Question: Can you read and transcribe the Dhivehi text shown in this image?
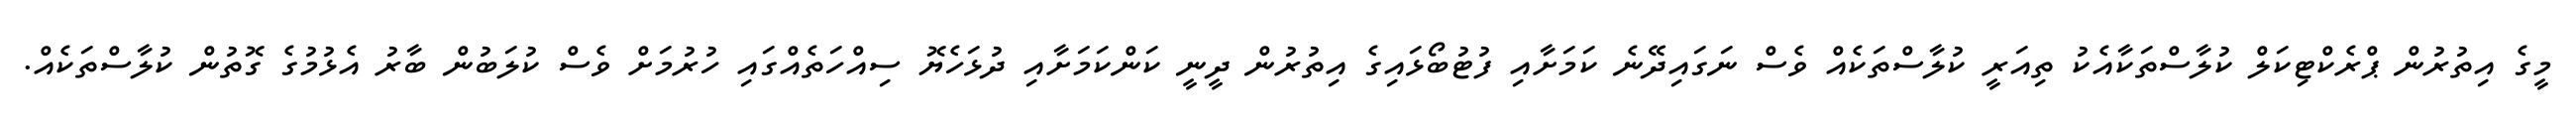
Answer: މީގެ އިތުރުން ޕްރެކްޓިކަލް ކުލާސްތަކާއެކު ތިއަރީ ކުލާސްތަކެއް ވެސް ނަގައިދޭނެ ކަމަށާއި ފުޓުބޯޅައިގެ އިތުރުން ދީނީ ކަންކަމަށާއި ދުޅަހެޔޮ ސިއްހަތެއްގައި ހުރުމަށް ވެސް ކުލަބުން ބާރު އެޅުމުގެ ގޮތުން ކުލާސްތަކެއް.